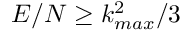
E / N \geq k _ { m a x } ^ { 2 } / 3